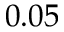
0 . 0 5